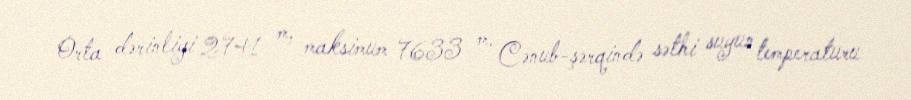
Orta dərinliyi 2741 m, maksimum 7633 m. Cənub-şərqində səthi suyun temperaturu